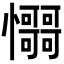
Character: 𢥳